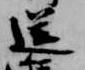
送